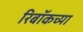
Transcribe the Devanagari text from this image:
रिबॉकच्या